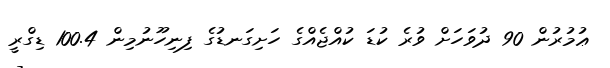
ޢުމުރުން 90 ދުވަހަށް ވުރެ ކުޑަ ކުއްޖެއްގެ ހަށިގަނޑުގެ ފިނިހޫނުމިން 100.4 ޑިގްރީ